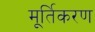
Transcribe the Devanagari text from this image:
मूर्तिकरण